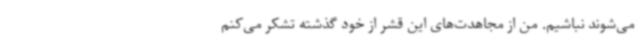
می‌شوند نباشیم‌. من از مجاهدت‌های این قشر از خود گذشته تشکر می‌کنم